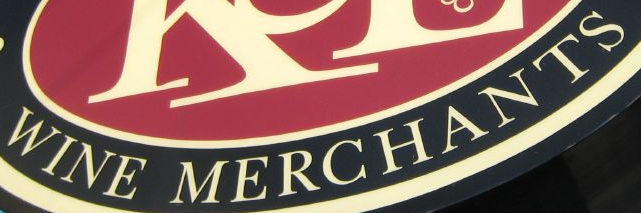
WINE MERCHANTS